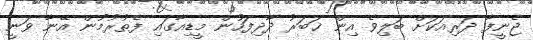
ޖެނީފާ ދަރިއަކަށް ބަލިވެ އިން ޚަބަރު ދާދިފަހުން މީޑިއާގައި ފެތުރުމުން އޭނާ ވަނީ